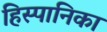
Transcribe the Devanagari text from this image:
हिस्पानिका